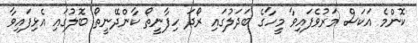
ކޮންމެ އަކަސް މަރުވެފައިވާ މީހާގެ ބަދަލުގައި ރޯދަ ހިފާނީތޯ ކާންދޭނީތޯ ބޮލުގައި އެޅިފައިވާ